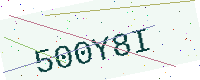
Text: 500Y8I